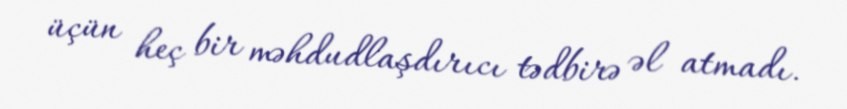
üçün heç bir məhdudlaşdırıcı tədbirə əl atmadı.